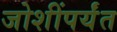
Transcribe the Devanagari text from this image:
जोशींपर्यंत